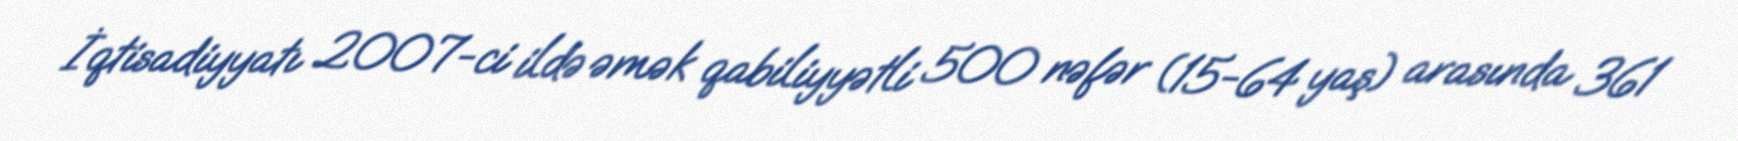
İqtisadiyyatı 2007-ci ildə əmək qabiliyyətli 500 nəfər (15-64 yaş) arasında 361